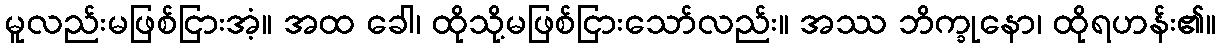
မူလည်းမဖြစ်ငြားအံ့။ အထ ခေါ၊ ထိုသို့မဖြစ်ငြားသော်လည်း။ အဿ ဘိက္ခုနော၊ ထိုရဟန်း၏။